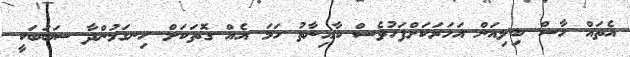
އެތައް ހާސް ބިލިއަން އަހަރަކަށްފަހުވެސް ކާއިނާތު ހަމަ އެއް ގޮތަކަށް ހިނގަމުންދާ ސަބަބަކީ